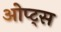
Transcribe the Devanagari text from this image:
ओप्ट्स